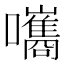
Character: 𡄴